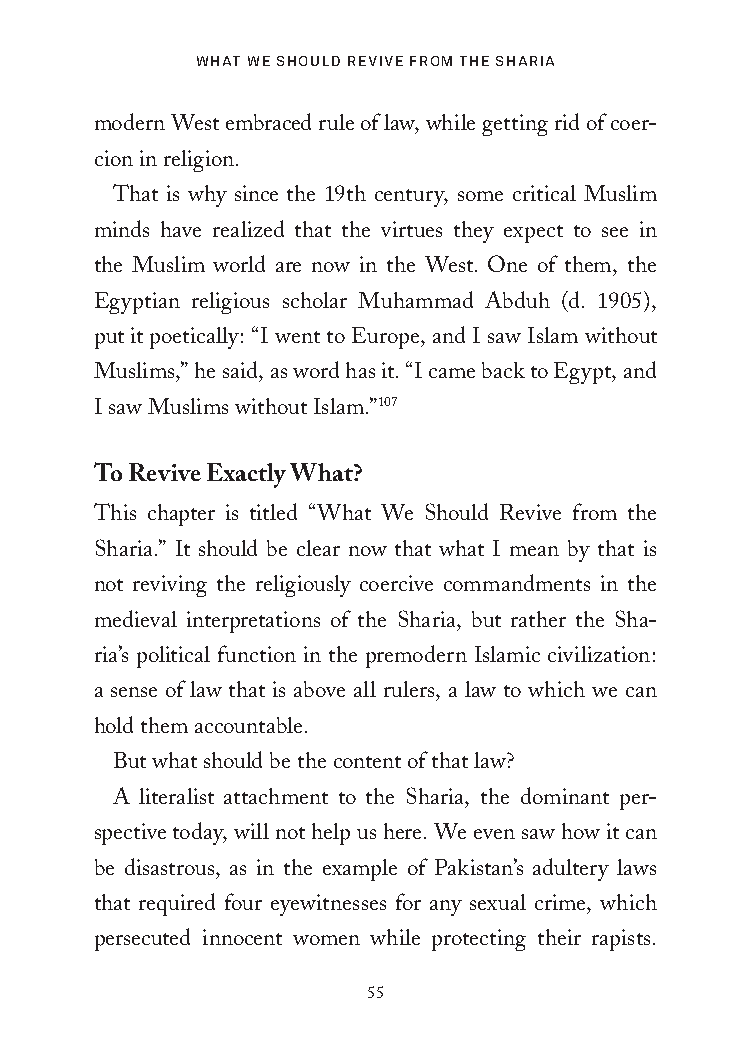
What We Should Revive fRom the ShaRia
 modern West embraced rule of law, while getting rid of coer-
 cion in religion.
 That is why since the 19th century, some critical Muslim
 minds have realized that the virtues they expect to see in
 the Muslim world are now in the West. One of them, the
 Egyptian religious scholar Muhammad Abduh (d. 1905),
 put it poetically: “I went to Europe, and I saw Islam without
 Muslims,” he said, as word has it. “I came back to Egypt, and
 I saw Muslims without Islam.”107
 To Revive Exactly What?
 This chapter is titled “What We Should Revive from the
 Sharia.” It should be clear now that what I mean by that is
 not reviving the religiously coercive commandments in the
 medieval interpretations of the Sharia, but rather the Sha-
 ria’s political function in the premodern Islamic civilization:
 a sense of law that is above all rulers, a law to which we can
 hold them accountable.
 But what should be the content of that law?
 A literalist attachment to the Sharia, the dominant per-
 spective today, will not help us here. We even saw how it can
 be disastrous, as in the example of Pakistan’s adultery laws
 that required four eyewitnesses for any sexual crime, which
 persecuted innocent women while protecting their rapists.
 55
 25320_Ch03.indd 55                       6/25/21 4:57 AM